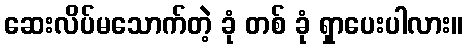
ဆေးလိပ်မသောက်တဲ့ ခုံ တစ် ခုံ ရှာပေးပါလား။